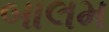
બાલમ